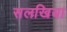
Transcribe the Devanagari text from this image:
सलखिया